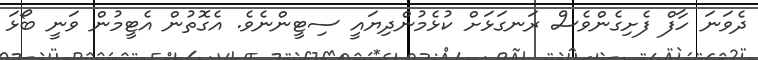
ދެވަނަ ހާފް ފެށިގެންވެސް ރަނގަޅަށް ކުޅެމުންދިޔައީ ސިޓީންނެވެ. އެގޮތުން އެޓީމުން ވަނީ ބޯޅަ